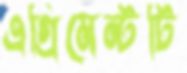
এগ্রিমেন্টটি